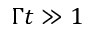
\Gamma t \gg 1